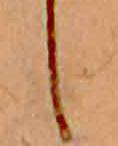
し